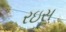
રઇસ